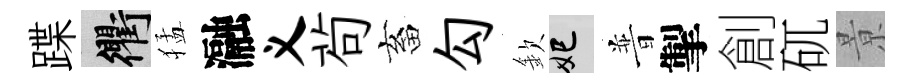
蹀衢猛瀜义茍畜勾欽妃普掣創矹㬌